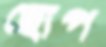
ছোপ